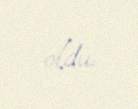
oldu.